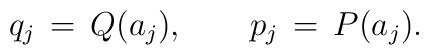
q_{j}\,=\,Q(a_{j}),\hspace{2em}p_{j}\,=\,P(a_{j}).